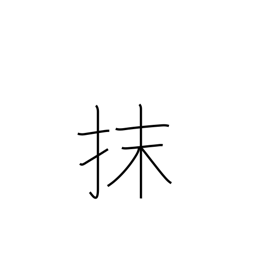
Meaning: erase